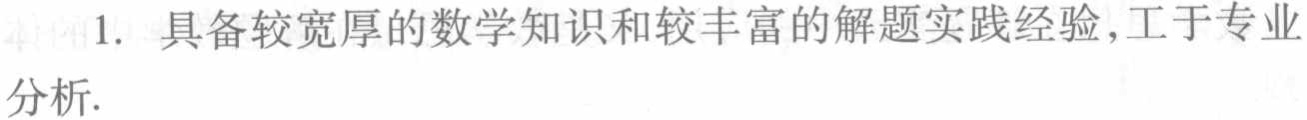
1. 具备较宽厚的数学知识和较丰富的解题实践经验,工于专业分析.